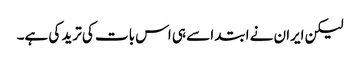
لیکن ایران نے ابتدا سے ہی اس بات کی ترید کی ہے۔